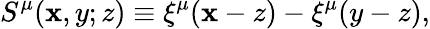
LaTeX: S^{\mu}(\mathbf{x},y;z)\equiv\xi^{\mu}(\mathbf{x}-z)-\xi^{\mu}(y-z),